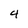
Character: 4